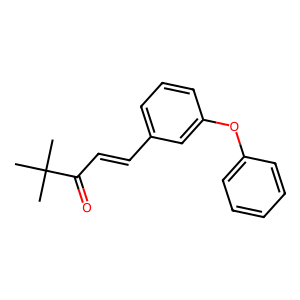
SMILES: CC(C)(C)C(=O)C=Cc1cccc(Oc2ccccc2)c1
Inhibits HIV replication: No